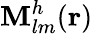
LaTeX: \boldsymbol{\mathbf{M}}_{lm}^{h}({\mathbf{r}})